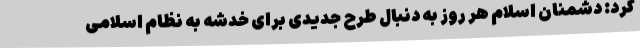
کرد: دشمنان اسلام هر روز به دنبال طرح جدیدی برای خدشه به نظام اسلامی